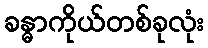
ခန္ဓာကိုယ်တစ်ခုလုံး